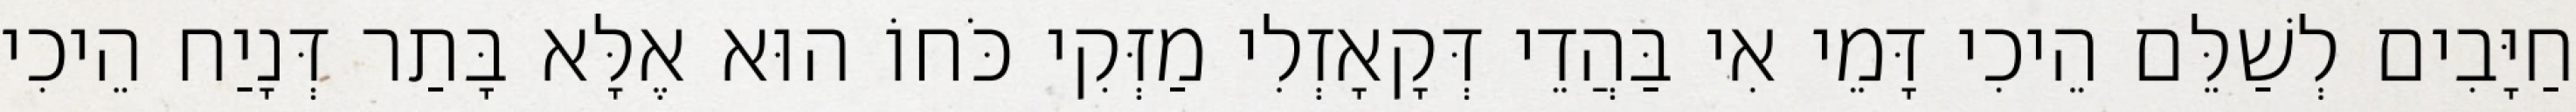
חַיָּבִים לְשַׁלֵּם הֵיכִי דָּמֵי אִי בַּהֲדֵי דְּקָאָזְלִי מַזְּקִי כֹּחוֹ הוּא אֶלָּא בָּתַר דְּנָיַח הֵיכִי